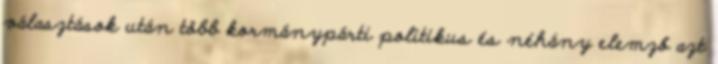
választások után több kormánypárti politikus és néhány elemző azt